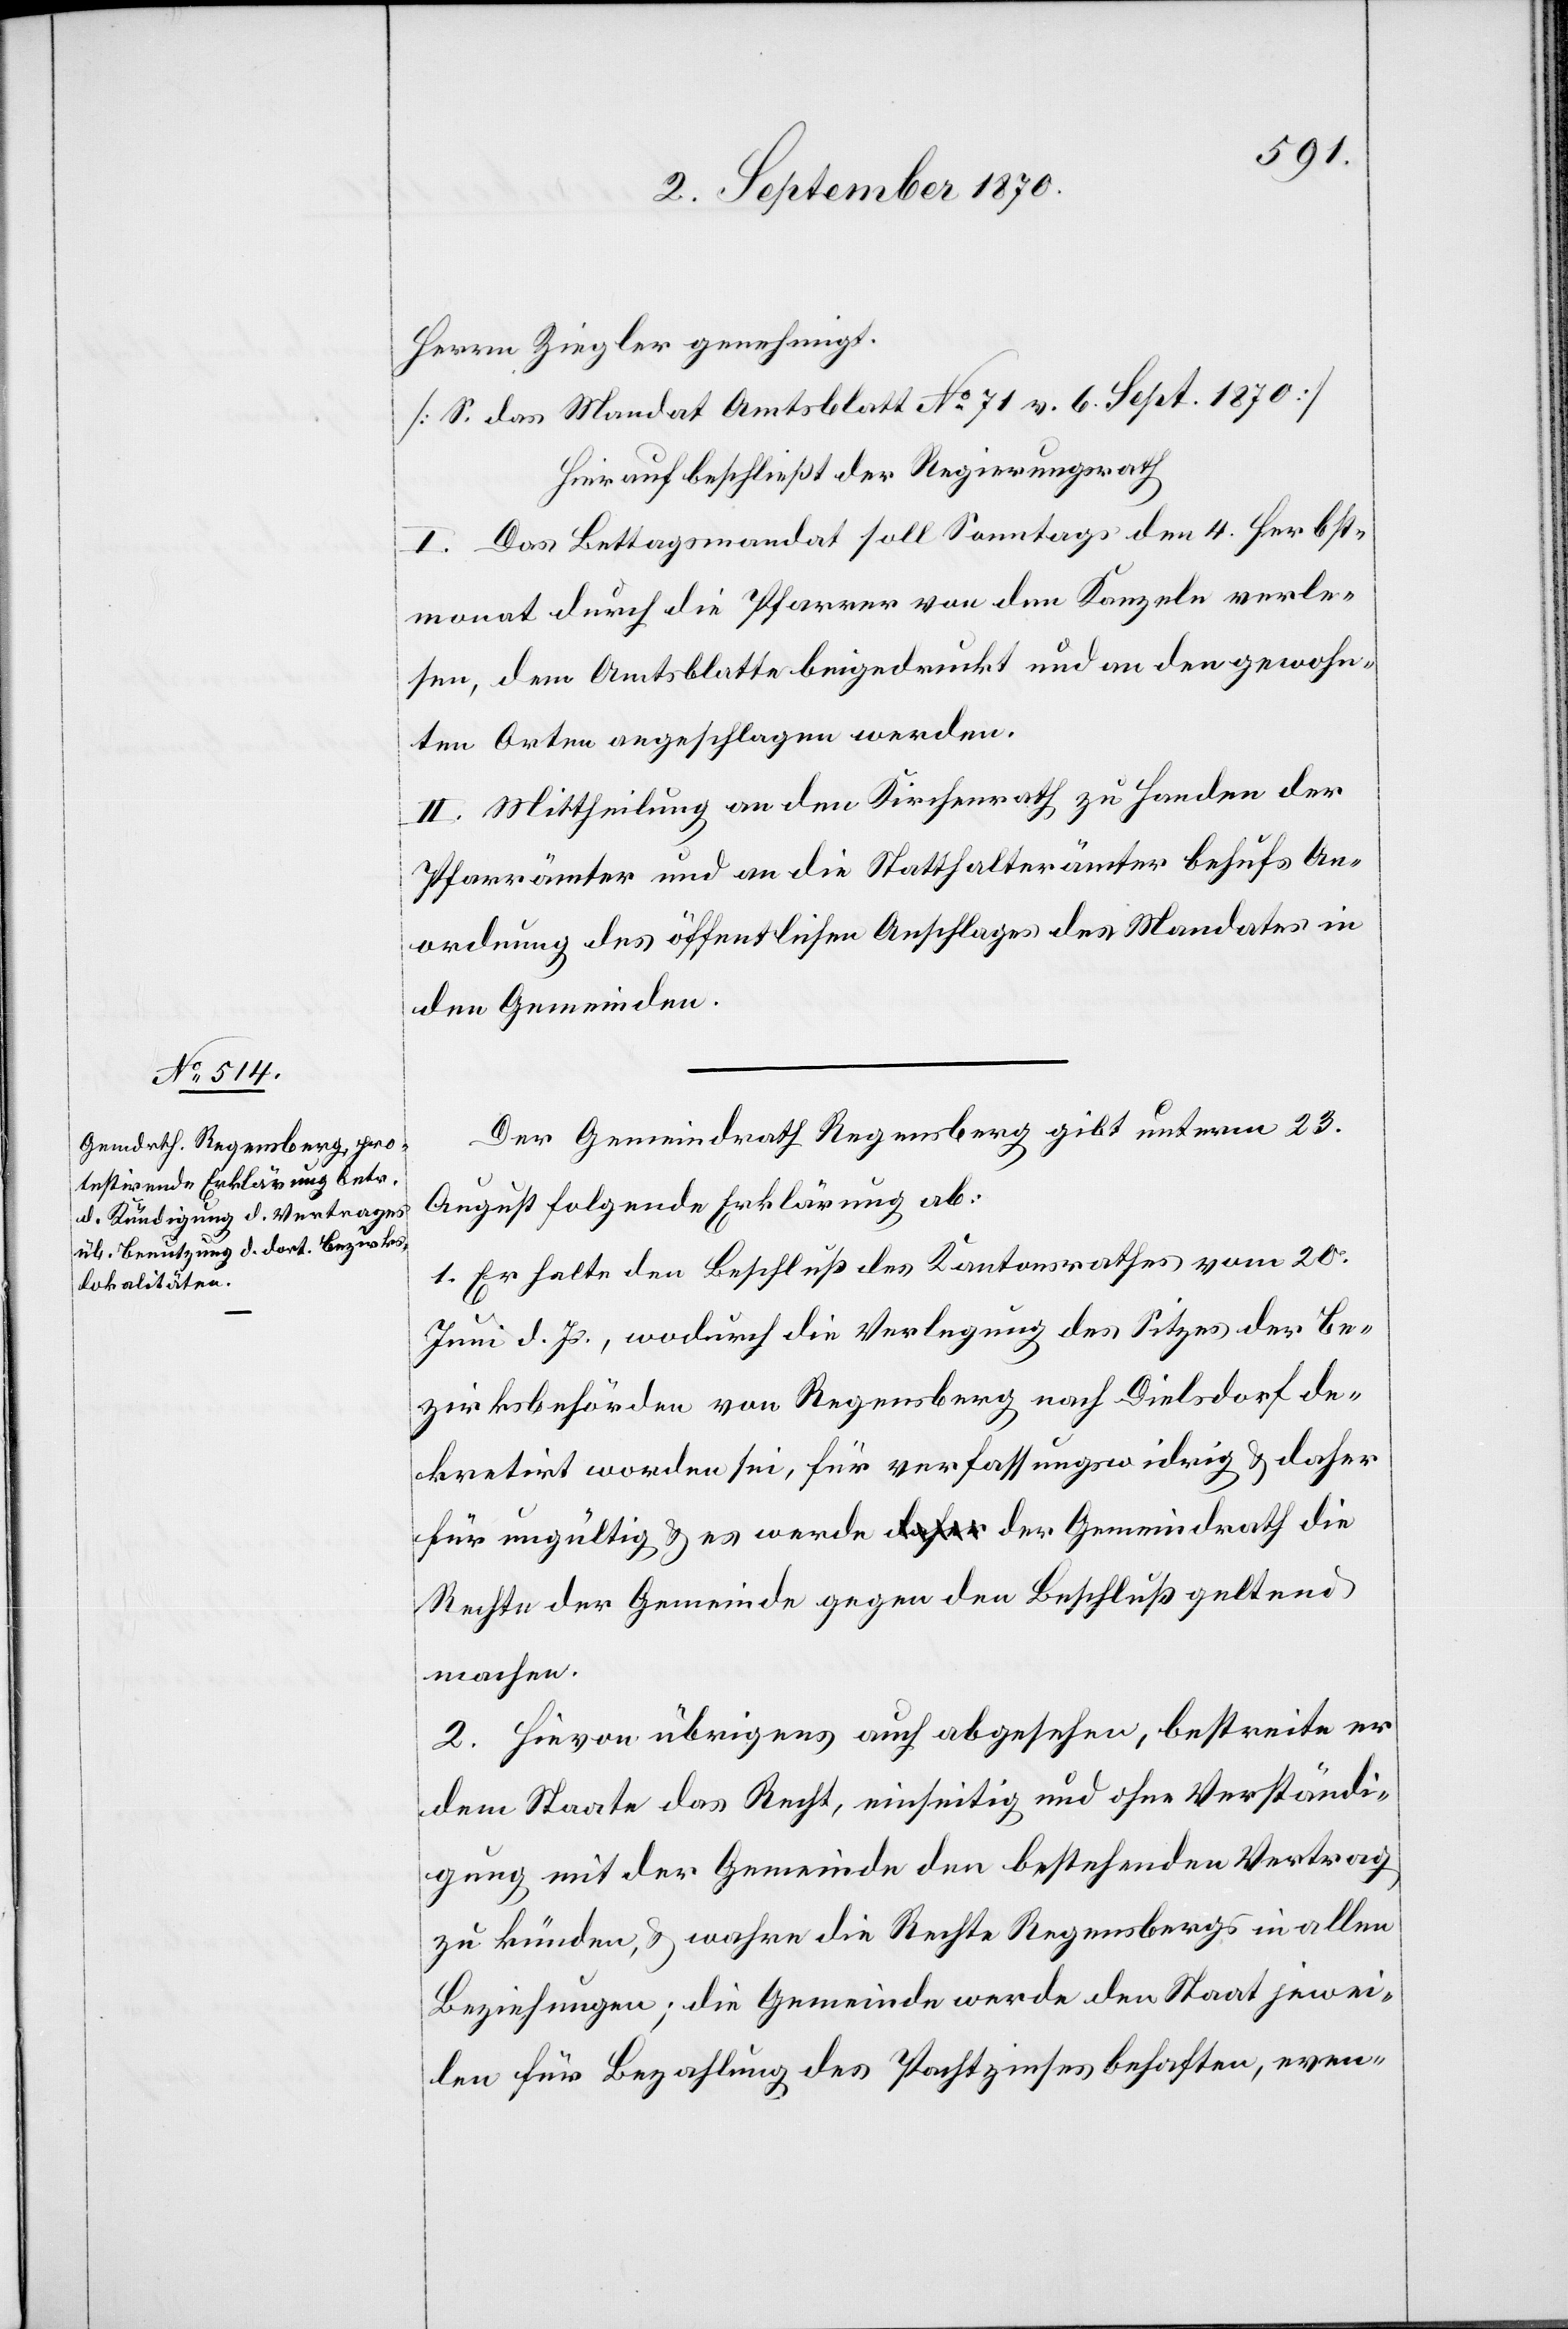
Herrn Ziegler genehmigt.
[S. das Mandat Amtsblatt No 71 v. 6. Sept. 1870]
Hierauf beschließt der Regierungsrath[:]
I. Das Bettagsmandat soll Sonntags den 4. Herbst¬
monat durch die Pfarrer von den Kanzeln verle¬
sen, dem Amtsblatte beigedruckt und an den gewohn¬
ten Orten angeschlagen werden.
II. Mittheilung an den Kirchenrath zu Handen der
Pfarrämter und an die Statthalterämter behufs An¬
ordnung des öffentlichen Anschlages des Mandates in
den Gemeinden.
Der Gemeindrath Regensberg gibt unterm 22.
August folgende Erklärung ab:
1. Er halte den Beschluß des Kantonsrathes vom 20.
Juni d. Js., wodurch die Verlegung des Sitzes der Be¬
zirksbehörden von Regensberg nach Dielsdorf de¬
kretirt worden sei, für verfassungswidrig & daher
für ungültig & es werde a-daher-a der Gemeindrath die
Rechte der Gemeinde gegen den Beschluß geltend
machen.
2. Hievon übrigens auch angesehen, bestreite er
dem Staate das Recht, einseitig und ohne Verständi¬
gung mit der Gemeinde den bestehenden Vertrag
zu künden, & wahre die Rechte Regensbergs in allen
Beziehungen; die Gemeinde werde den Staat jewei¬
len für Bezahlung des Pachtzinses behaften, even-